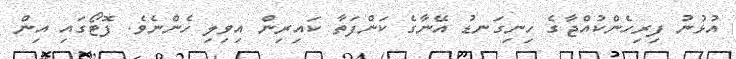
އުޅުނު ފިރިހެންކުއްޖާގެ ހިނިގަނޑު އޭނާގެ ކަންފަތާ ކައިރިން އިވިލި ހެންނެވެ. ފޮޓޯގައި އިން